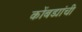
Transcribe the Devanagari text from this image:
कोंबड्यांची